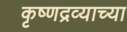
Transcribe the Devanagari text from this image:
कृष्णद्रव्याच्या